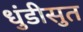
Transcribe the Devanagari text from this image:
धुंडीसुत